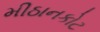
મીઠાનકોટ